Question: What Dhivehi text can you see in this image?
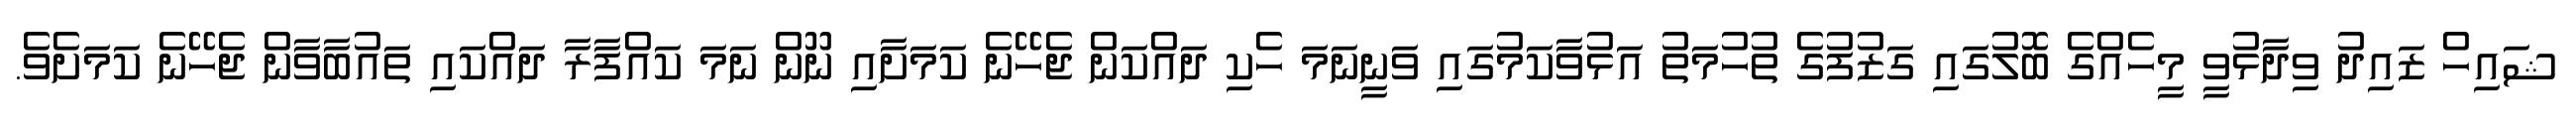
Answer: ޝައިހް ޒައިދު ވިދާޅުވީ މީހެއްގެ ބޮލުގައި ގަޒުފުގެ ތުހުމަތު އަޅުވާކަމުގައި ވަނީނަމަ ހެކި ދައްކަން ޖެހޭނެ ކަމަށާއި ނޫން ނަމަ ކައްފާރާ ދައްކައި ތައުބާވާން ޖެހޭނެ ކަމަށެވެ.